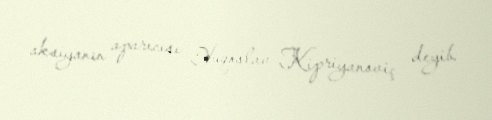
aksiyanın aparıcısı Yuqoslav Kipriyanoviç deyib.